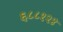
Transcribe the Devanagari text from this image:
६८८१२४